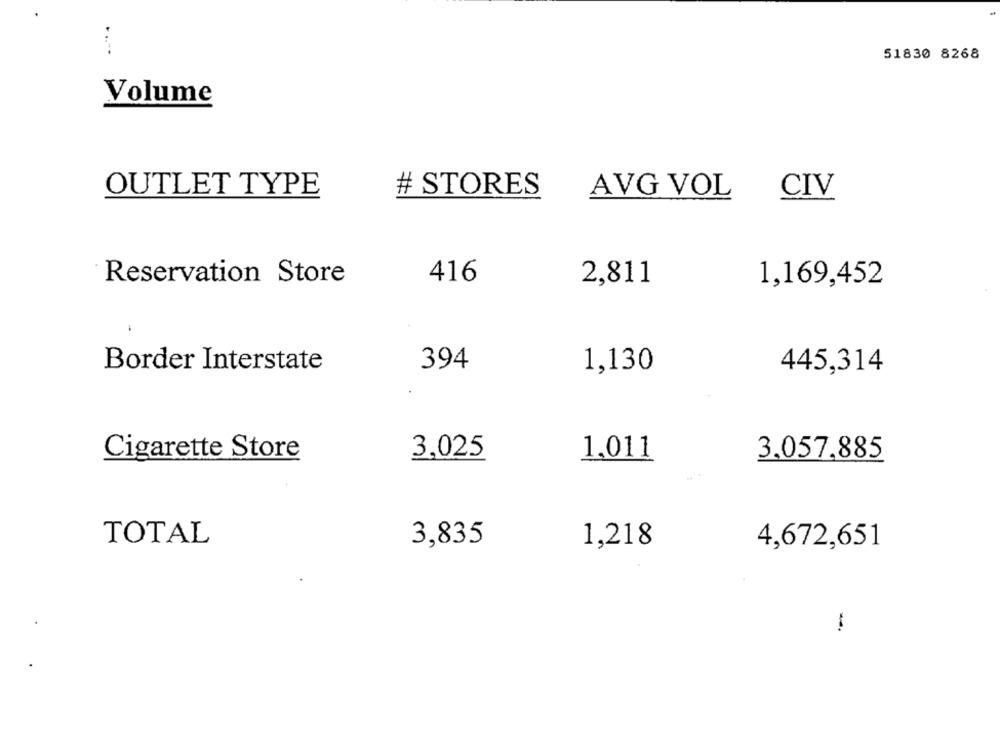
51830 8268
Volume
OUTLET TYPE
# STORES
AVG VOL
CIV
Reservation Store
416
2,811
1,169,452
394
Border Interstate
1,130
445,314
3,025
1,011
Cigarette Store
3.057,885
TOTAL
3,835
1,218
4,672,651